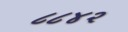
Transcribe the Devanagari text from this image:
८८४२